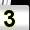
Digit: 3